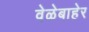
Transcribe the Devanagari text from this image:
वेळेबाहेर